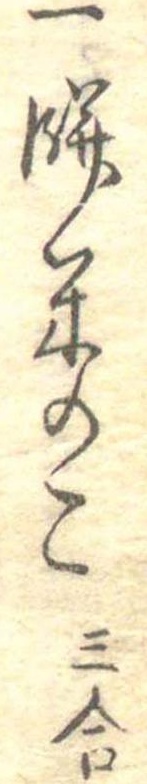
一餅米のこ三合